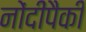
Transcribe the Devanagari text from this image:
नोंदींपैकी